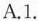
A.1.